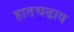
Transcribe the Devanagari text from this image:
हातचढाव